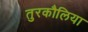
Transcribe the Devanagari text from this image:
तुरकौलिया